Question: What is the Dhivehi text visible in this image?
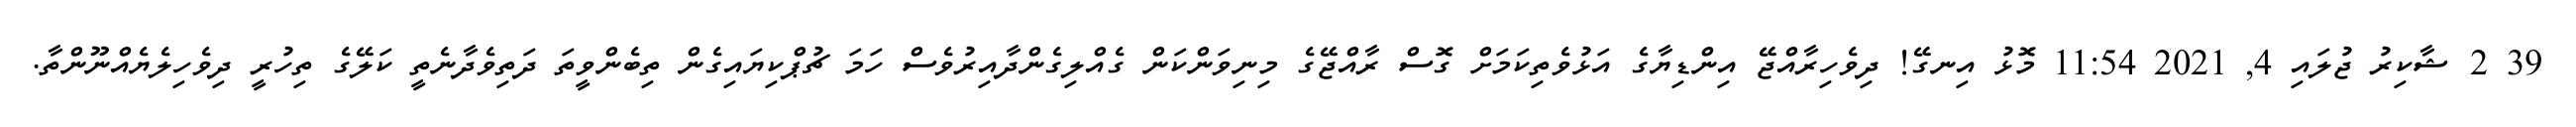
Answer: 39 2 ޝާކިރު ޖުލައި 4, 2021 11:54 މޮޅު އިނގޭ! ދިވެހިރާއްޖޭ އިންޑިޔާގެ އަޅުވެތިކަމަށް ގޮސް ރާއްޖޭގެ މިނިވަންކަން ގެއްލިގެންދާއިރުވެސް ހަމަ ޗުޕްކިޔައިގެން ތިބެންވީތަ ދަތިވެދާނެތީ ކަލޭގެ ތިހުރީ ދިވެހިލެޔެއްނޫންތާ.